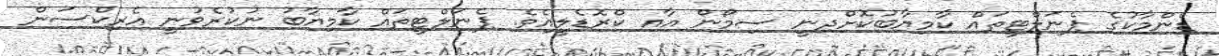
ޑެންމާކުގެ ޕެނަލްޓީތައް ކާމިޔާބުކޮށްދިނީ ސިމޯން އާއ ކްރޮޑެލީއެވެ. ޕެނަލްޓީތައް ކާމިޔާބު ނުކުރެވުނީ އެރިކްސަން